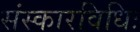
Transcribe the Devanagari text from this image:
संस्कारविधिः